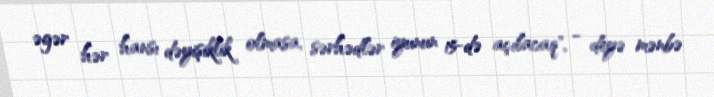
əgər hər hansı dəyişiklik olmasa, sərhədlər iyunun 15-də açılacaq", - deyə mənbə